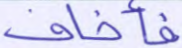
فأخاف